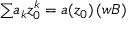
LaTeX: { \textstyle \sum } a _ { k } z _ { 0 } ^ { k } = a ( z _ { 0 } ) \, ( { \boldsymbol { w B } } )